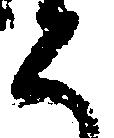
く